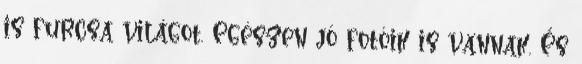
is furcsa világot. Egészen jó fotóik is vannak. És